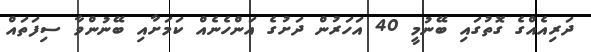
ދަރިއެއްގެ ގޮތުގައި ބޭނުމީ 40 އަހަރުން ދަށުގެ އަންހެނެއް ކަމަށާއި ބޭނުންވާ ސިފަތައް